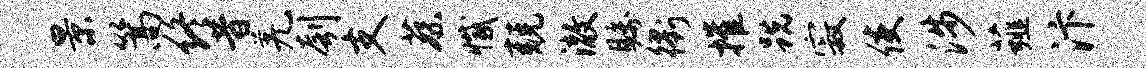
景篙终昔羌刳支蔡撼兢澈瞩衢摧跣寂使涉薤汴